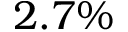
2 . 7 \%